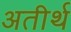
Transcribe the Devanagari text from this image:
अतीर्थ